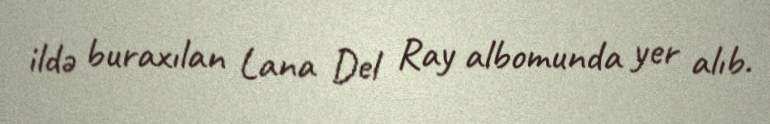
ildə buraxılan Lana Del Ray albomunda yer alıb.